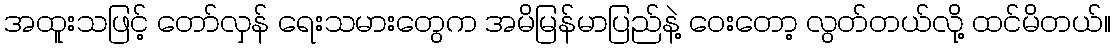
အထူးသဖြင့် တော်လှန် ရေးသမားတွေက အမိမြန်မာပြည်နဲ့ ဝေးတော့ လွတ်တယ်လို့ ထင်မိတယ်။